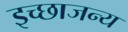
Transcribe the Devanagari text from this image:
इच्छाजन्य